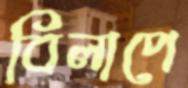
বিলাপে